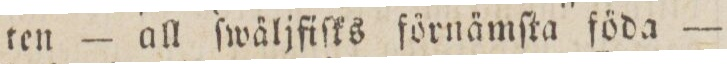
ten — all ſwäljfiſks förnämſta föda —